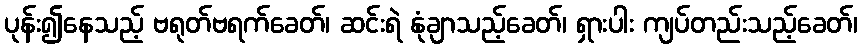
ပုန်း၍နေသည့် ဗရုတ်ဗရက်ခေတ်၊ ဆင်းရဲ နုံချာသည့်ခေတ်၊ ရှားပါး ကျပ်တည်းသည့်ခေတ်၊